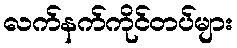
လက်နက်ကိုင်တပ်များ